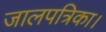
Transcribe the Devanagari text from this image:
जालपत्रिका।